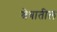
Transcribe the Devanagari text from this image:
श्रेत्रातील